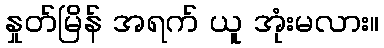
နှုတ်မြိန် အရက် ယူ အုံးမလား။